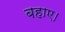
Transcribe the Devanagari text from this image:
बहाए।